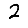
Digit: 2